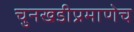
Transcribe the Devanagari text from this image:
चुनखडीप्रमाणेच